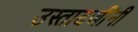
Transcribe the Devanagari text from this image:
उस्तादजींनी